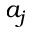
a _ { j }